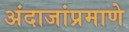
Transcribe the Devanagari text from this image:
अंदाजांप्रमाणे